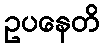
ဥပနေတိ